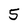
Character: 5